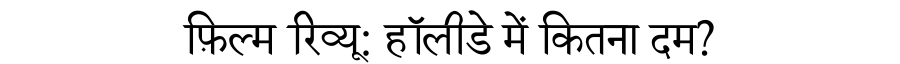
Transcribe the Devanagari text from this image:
फ़िल्म रिव्यू: हॉलीडे में कितना दम?